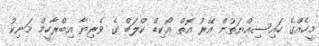
މީހެއްގެ ހައިސިއްޔަތުން އޭރު އޮތް އޯކިޑް ކްލަބް ގެ ވެރިޔާ އިބްރާހީމް މަނިކު